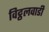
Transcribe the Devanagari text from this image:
विट्ठलवाडी